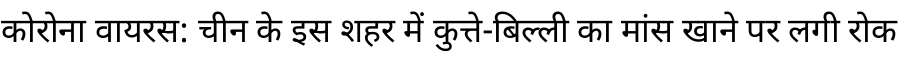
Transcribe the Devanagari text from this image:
कोरोना वायरस: चीन के इस शहर में कुत्ते-बिल्ली का मांस खाने पर लगी रोक